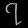
Digit: ၇